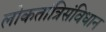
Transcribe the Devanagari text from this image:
लोकतांत्रिसंविधान